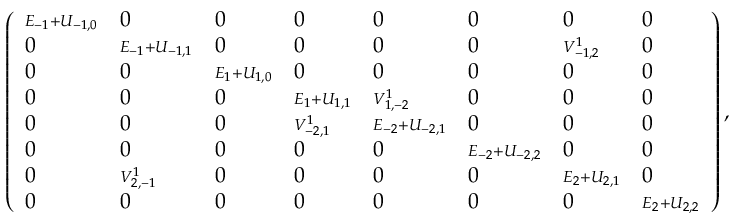
\left( { \begin{array} { l l l l l l l l } { { { \scriptstyle E _ { - 1 } + U _ { - 1 , 0 } } } } & { { 0 } } & { { 0 } } & { { 0 } } & { { 0 } } & { { 0 } } & { { 0 } } & { { 0 } } \\ { { 0 } } & { { { \scriptstyle E _ { - 1 } + U _ { - 1 , 1 } } } } & { { 0 } } & { { 0 } } & { { 0 } } & { { 0 } } & { { { \scriptstyle V _ { - 1 , 2 } ^ { 1 } } } } & { { 0 } } \\ { { 0 } } & { { 0 } } & { { { \scriptstyle E _ { 1 } + U _ { 1 , 0 } } } } & { { 0 } } & { { 0 } } & { { 0 } } & { { 0 } } & { { 0 } } \\ { { 0 } } & { { 0 } } & { { 0 } } & { { { \scriptstyle E _ { 1 } + U _ { 1 , 1 } } } } & { { { \scriptstyle V _ { 1 , - 2 } ^ { 1 } } } } & { { 0 } } & { { 0 } } & { { 0 } } \\ { { 0 } } & { { 0 } } & { { 0 } } & { { { \scriptstyle V _ { - 2 , 1 } ^ { 1 } } } } & { { { \scriptstyle E _ { - 2 } + U _ { - 2 , 1 } } } } & { { 0 } } & { { 0 } } & { { 0 } } \\ { { 0 } } & { { 0 } } & { { 0 } } & { { 0 } } & { { 0 } } & { { { \scriptstyle E _ { - 2 } + U _ { - 2 , 2 } } } } & { { 0 } } & { { 0 } } \\ { { 0 } } & { { { \scriptstyle V _ { 2 , - 1 } ^ { 1 } } } } & { { 0 } } & { { 0 } } & { { 0 } } & { { 0 } } & { { { \scriptstyle E _ { 2 } + U _ { 2 , 1 } } } } & { { 0 } } \\ { { 0 } } & { { 0 } } & { { 0 } } & { { 0 } } & { { 0 } } & { { 0 } } & { { 0 } } & { { { \scriptstyle E _ { 2 } + U _ { 2 , 2 } } } } \end{array} } \right) ,